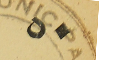
٥٠